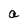
Character: a